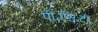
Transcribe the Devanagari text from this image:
पी॰ऍस॰टी॰